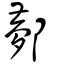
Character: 𨞯